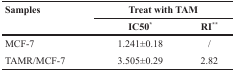
<table><thead><tr><td rowspan="2"><b>Samples</b></td><td colspan="2"><b>Treat with TAM</b></td></tr><tr><td><b>IC50<sup>*</sup></b></td><td><b>RI<sup>**</sup></b></td></tr></thead><tbody><tr><td>MCF-7</td><td>1.241±0.18</td><td>/</td></tr><tr><td>TAMR/MCF-7</td><td>3.505±0.29</td><td>2.82</td></tr></tbody></table>